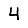
Digit: 4